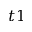
t 1